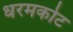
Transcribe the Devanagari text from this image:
धरमकोट